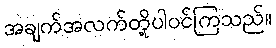
အချက်အလက်တို့ပါဝင်ကြသည်။